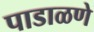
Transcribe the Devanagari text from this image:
पाडाळणे